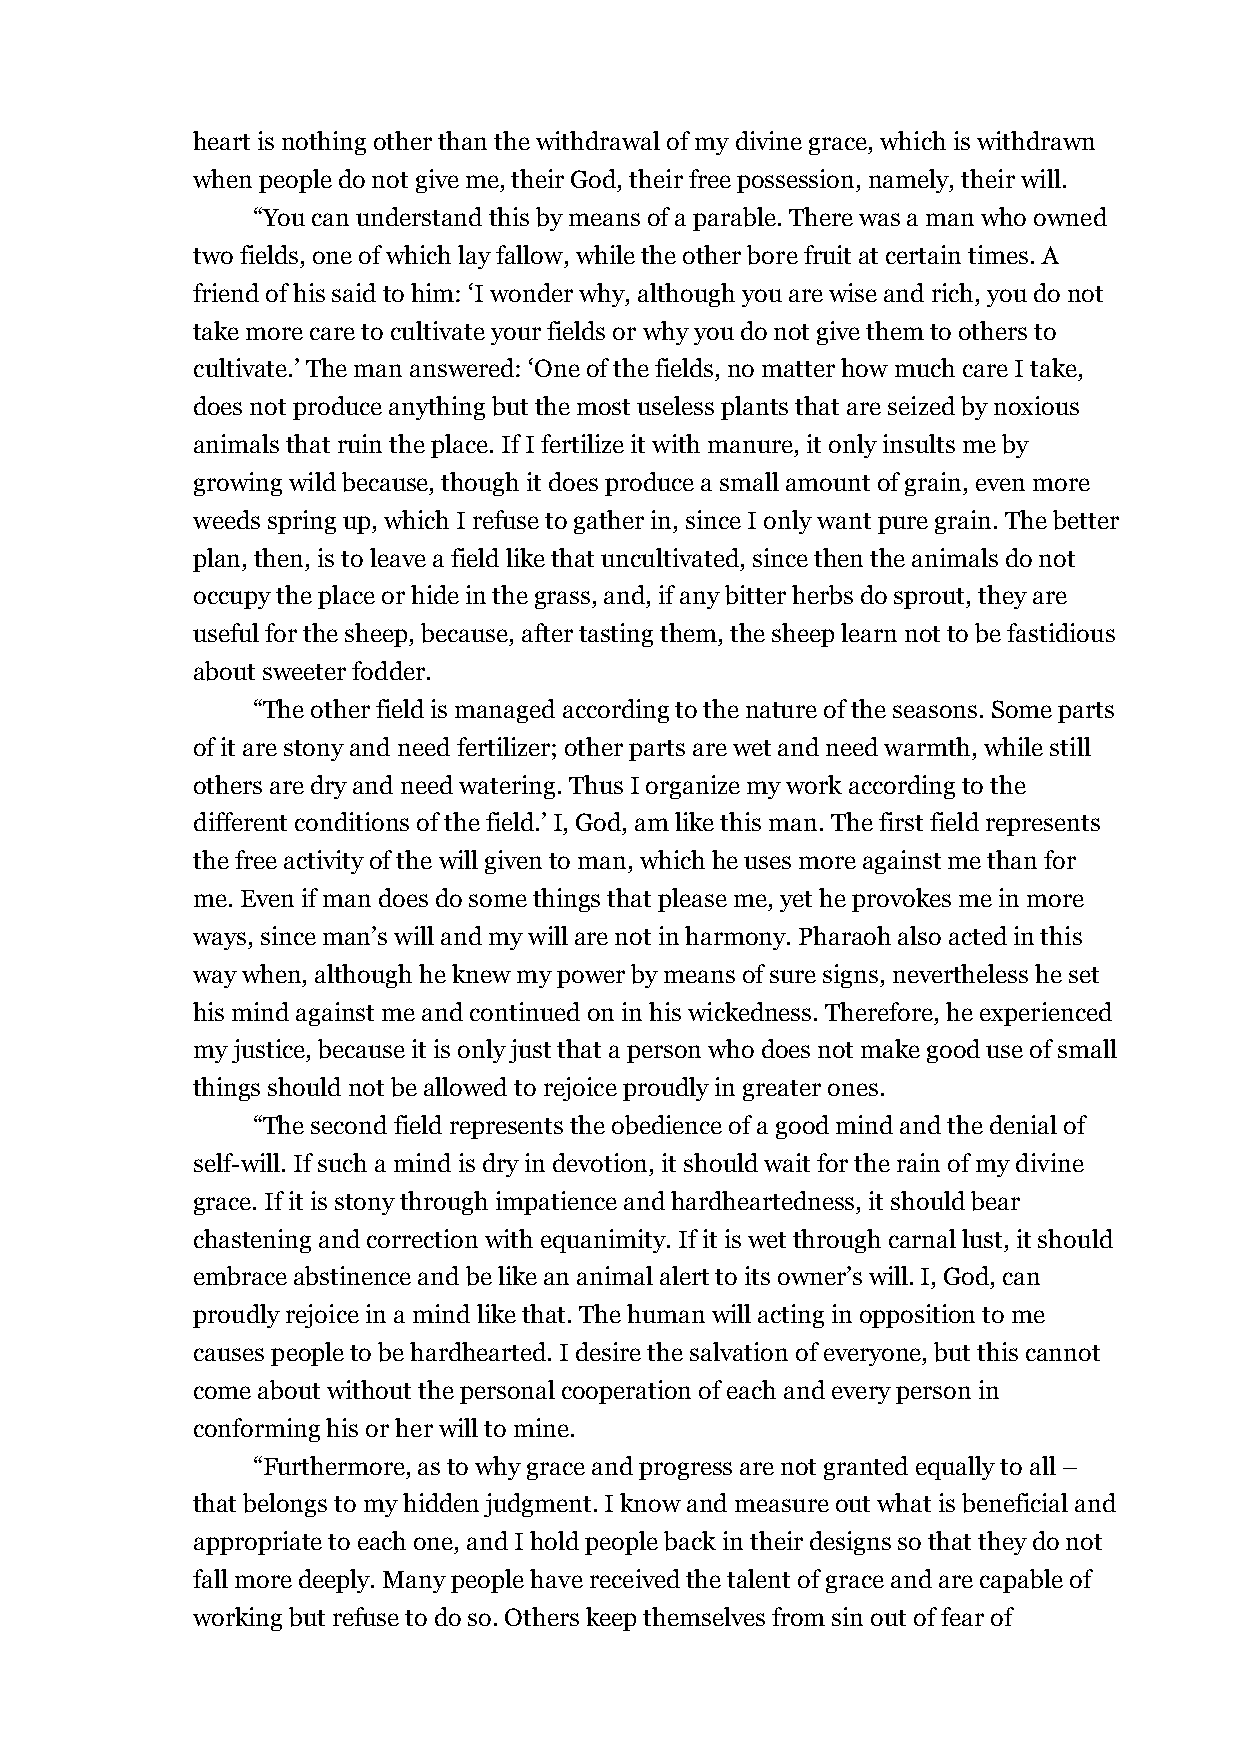
heart is nothing other than the withdrawal of my divine grace, which is withdrawn
 when people do not give me, their God, their free possession, namely, their will.
 “You can understand this by means of a parable. There was a man who owned
 two fields, one of which lay fallow, while the other bore fruit at certain times. A
 friend of his said to him: ‘I wonder why, although you are wise and rich, you do not
 take more care to cultivate your fields or why you do not give them to others to
 cultivate.’ The man answered: ‘One of the fields, no matter how much care I take,
 does not produce anything but the most useless plants that are seized by noxious
 animals that ruin the place. If I fertilize it with manure, it only insults me by
 growing wild because, though it does produce a small amount of grain, even more
 weeds spring up, which I refuse to gather in, since I only want pure grain. The better
 plan, then, is to leave a field like that uncultivated, since then the animals do not
 occupy the place or hide in the grass, and, if any bitter herbs do sprout, they are
 useful for the sheep, because, after tasting them, the sheep learn not to be fastidious
 about sweeter fodder.
 “The other field is managed according to the nature of the seasons. Some parts
 of it are stony and need fertilizer; other parts are wet and need warmth, while still
 others are dry and need watering. Thus I organize my work according to the
 different conditions of the field.’ I, God, am like this man. The first field represents
 the free activity of the will given to man, which he uses more against me than for
 me. Even if man does do some things that please me, yet he provokes me in more
 ways, since man’s will and my will are not in harmony. Pharaoh also acted in this
 way when, although he knew my power by means of sure signs, nevertheless he set
 his mind against me and continued on in his wickedness. Therefore, he experienced
 my justice, because it is only just that a person who does not make good use of small
 things should not be allowed to rejoice proudly in greater ones.
 “The second field represents the obedience of a good mind and the denial of
 self-will. If such a mind is dry in devotion, it should wait for the rain of my divine
 grace. If it is stony through impatience and hardheartedness, it should bear
 chastening and correction with equanimity. If it is wet through carnal lust, it should
 embrace abstinence and be like an animal alert to its owner’s will. I, God, can
 proudly rejoice in a mind like that. The human will acting in opposition to me
 causes people to be hardhearted. I desire the salvation of everyone, but this cannot
 come about without the personal cooperation of each and every person in
 conforming his or her will to mine.
 “Furthermore, as to why grace and progress are not granted equally to all –
 that belongs to my hidden judgment. I know and measure out what is beneficial and
 appropriate to each one, and I hold people back in their designs so that they do not
 fall more deeply. Many people have received the talent of grace and are capable of
 working but refuse to do so. Others keep themselves from sin out of fear of